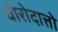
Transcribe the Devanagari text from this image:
धीरोदात्तो